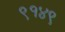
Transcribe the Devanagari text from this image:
९१४९